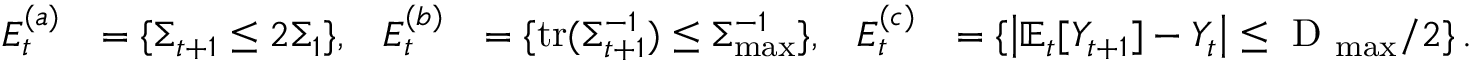
\begin{array} { r l r l r l } { E _ { t } ^ { ( a ) } } & { = \{ \Sigma _ { t + 1 } \leq 2 \Sigma _ { 1 } \} , } & { E _ { t } ^ { ( b ) } } & { = \{ \operatorname { t r } ( \Sigma _ { t + 1 } ^ { - 1 } ) \leq \Sigma _ { \operatorname* { m a x } } ^ { - 1 } \} , } & { E _ { t } ^ { ( c ) } } & { = \{ \left| \mathbb E _ { t } [ Y _ { t + 1 } ] - Y _ { t } \right| \leq \textrm { D } _ { \operatorname* { m a x } } / 2 \} \, . } \end{array}